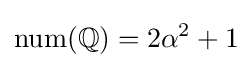
\mathrm {num} (\mathbb {Q} )=2\alpha ^{2}+1